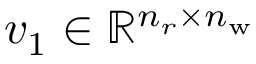
v _ { 1 } \in \mathbb { R } ^ { n _ { r } \times n _ { \mathrm { w } } }